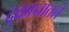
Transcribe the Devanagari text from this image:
दुकानातले